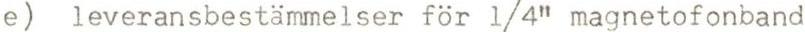
e) leveransbestämmelser för 1/4" magnetofonband